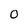
Character: O